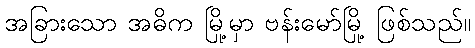
အခြားသော အဓိက မြို့မှာ ဗန်းမော်မြို့ ဖြစ်သည်။